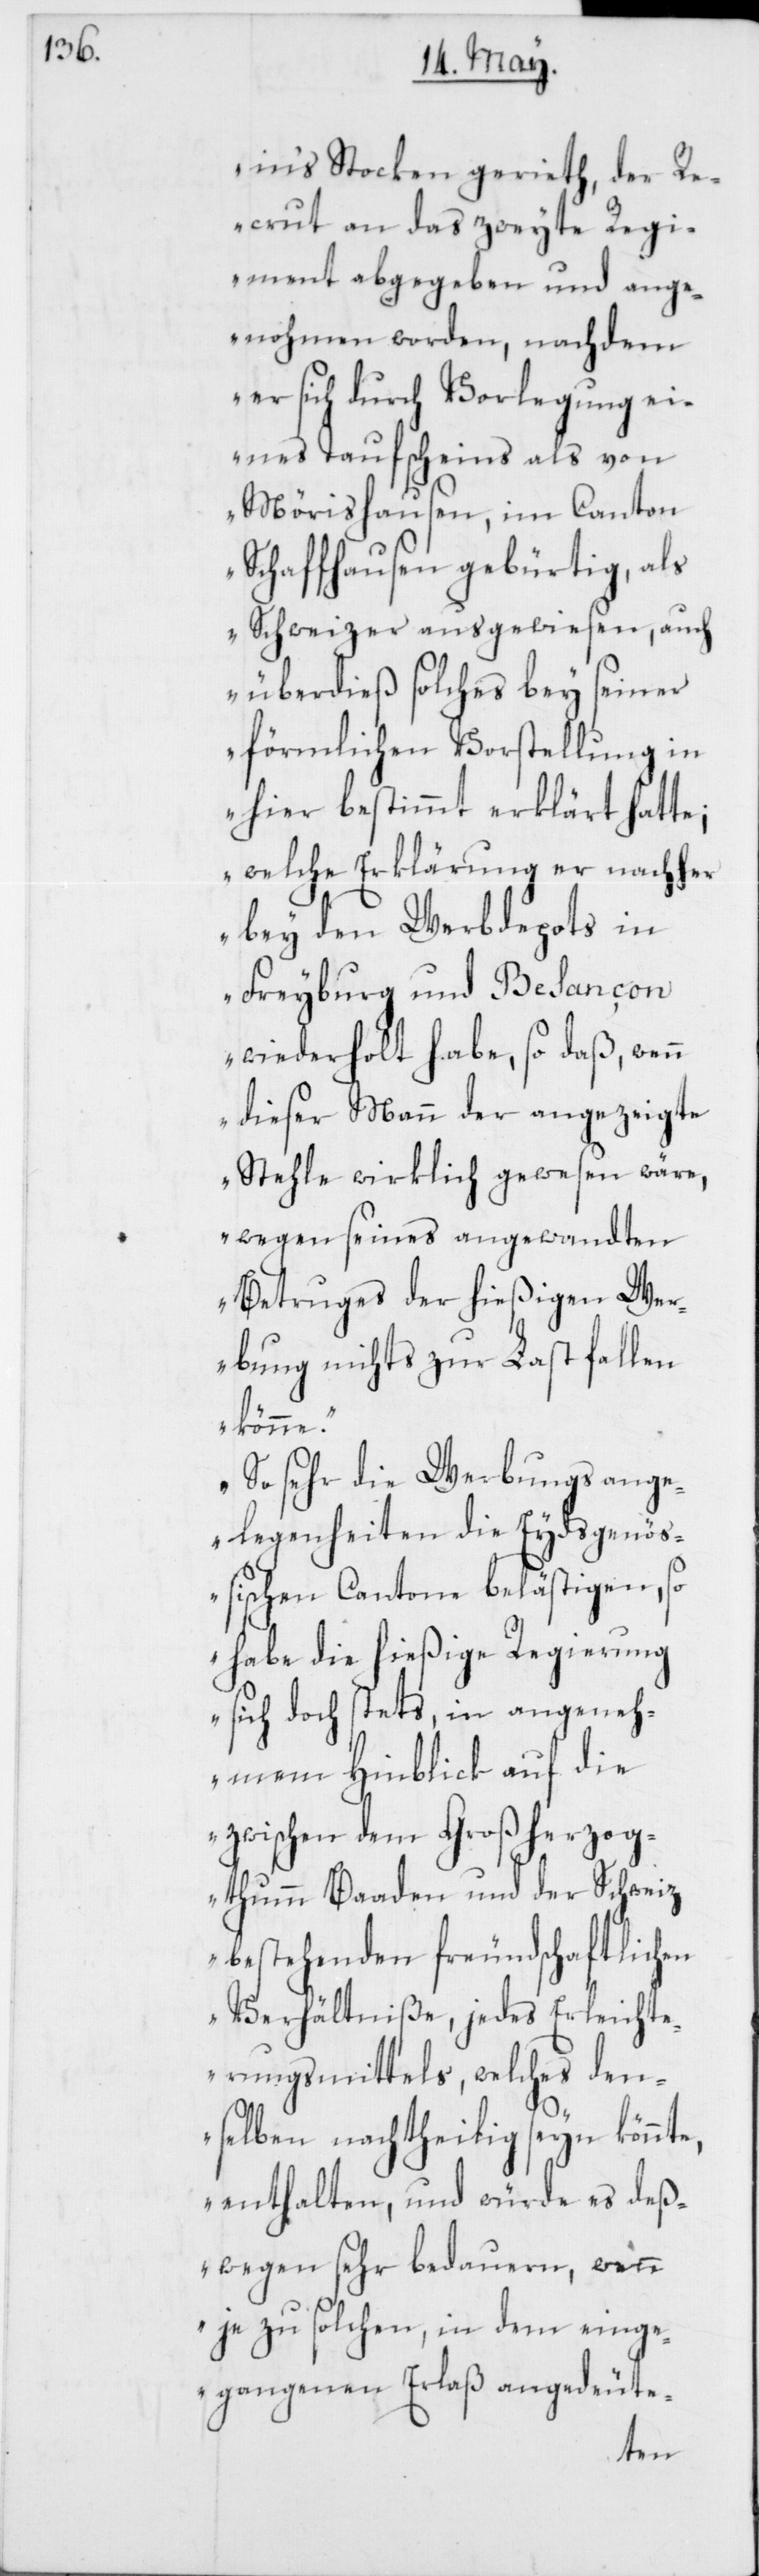
in‘s Stocken gerieth, der R¬
ecrut an das zweyte Regi¬
ment abgegeben und ange¬
nohmen worden, nachdem
er sich durch Vorlegung ei¬
nes Taufscheins als von
Mörishausen, im Canton
Schaffhausen gebürtig, als
Schweizer ausgewiesen, auch
überdieß solches bey seiner
förmlichen Vorstellung in
hier bestimmt erklärt hatte;
welche Erklärung er nachher
bey den Werbdepots in
Freyburg und Besançon
wiederholt habe, so daß, wenn
dieser Mann der angezeigte
Stehle wirklich gewesen wäre,
wegen seines angewandten
Betruges der hießigen Wer¬
bung nichts zur Last fallen
könne.
So sehr die Werbungsange¬
legenheiten die Eydsgenöß¬
ischen Cantone belästigen, so
habe die hießige Regierung
sich doch stets, in angeneh¬
mem Hinblick auf die
zwischen dem Großherzog¬
tumm Baaden und der Schweiz
bestehenden freundschaftlichen
Verhältniße, jedes Erleicht¬
erungsmittels, welches den¬
selben nachtheilig seyn könnte,
enthalten, und würde es deß¬
wegen sehr bedauern, wenn
je zu solchen, in dem einge¬
gangenen Erlaß angedeute-